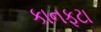
કાનફટા